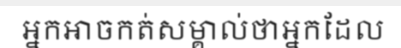
អ្នកអាចកត់សម្គាល់ថាអ្នកដែល